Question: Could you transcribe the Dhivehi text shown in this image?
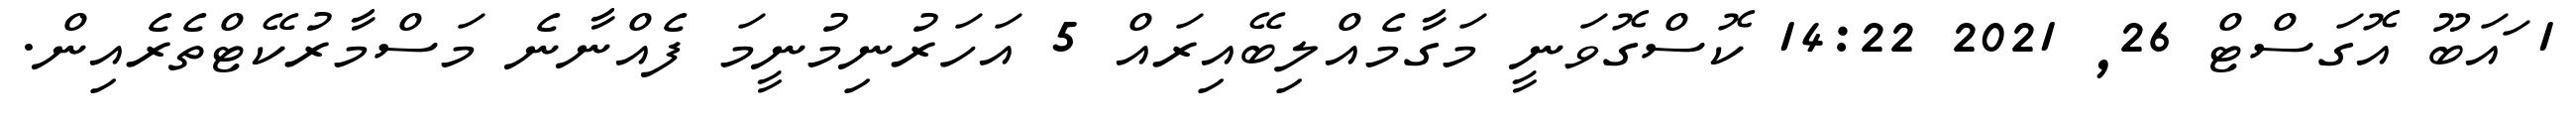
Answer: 1 ައަބޫ އޮގަސްޓް 26, 2021 14:22 ކޮސްގޮވަނީ މަގާމެއްލިބޭއިރައް 5 އަހަރުނިމުނީމަ ފެއްނާނެ މަސްމާރުކޭޓްތެރެއިން.